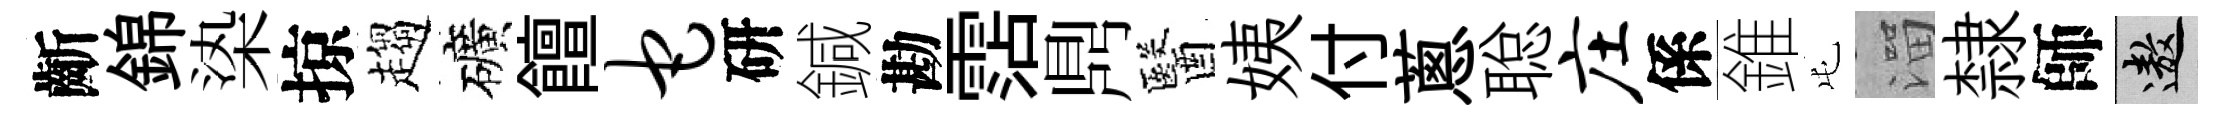
齗錦𣑱掠趨礦饘它研鍼勘霑𪔂醫姨付蔥聪庄係錐屯溜隸師遨